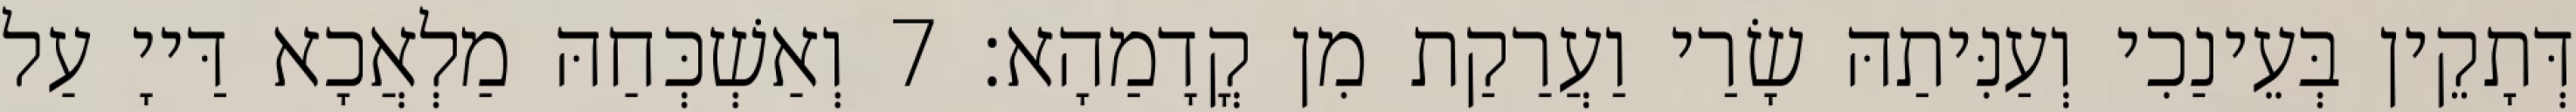
דְּתָקֵין בְּעֵינַכִי וְעַנִּיתַהּ שָׂרַי וַעֲרַקַת מִן קֳדָמַהָא׃ 7 וְאַשְׁכְּחַהּ מַלְאֲכָא דַּייָ עַל